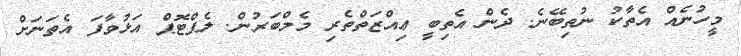
މީހުނެއް އެތާކު ނުތިބޭނެ. ދެން އެތިބީ ޢިއްޒަތްތެރި މެމްބަރުން. ލެޕްޓޮޕް އަޅުވާފަ އެތަނަށް